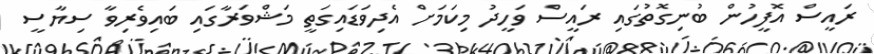
ރައީސް އޮފީހުން ބުނިގޮތުގައި ރައީސް ވަހީދު މިކަމަށް އެދިވަޑައިގަތީ މަޝްވަރާގައި ބައިވެރިވާ ސިޔާސީ